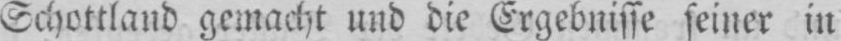
Schottland gemacht und die Ergebnisse seiner in